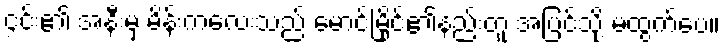
၄င်း၏ အနီးမှ မိန်းကလေးသည် မောင်မြိုင်၏နည်းတူ အပြင်သို့ မထွက်ပေ။